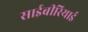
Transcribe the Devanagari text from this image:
साईबीरियाई